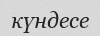
күндесе